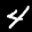
Label: 4